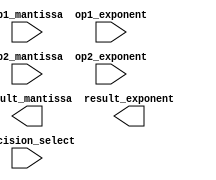
module mixed_precision_unit (
    input wire [7:0] op1_mantissa,
    input wire [3:0] op1_exponent,
    input wire [7:0] op2_mantissa,
    input wire [3:0] op2_exponent,
    input wire [1:0] precision_select,
    output wire [7:0] result_mantissa,
    output wire [3:0] result_exponent
);

// Arithmetic blocks for addition, subtraction, multiplication, and division operations

// Registers to store input operands and result of operation
reg [7:0] op1_mantissa_reg;
reg [3:0] op1_exponent_reg;
reg [7:0] op2_mantissa_reg;
reg [3:0] op2_exponent_reg;
reg [7:0] result_mantissa_reg;
reg [3:0] result_exponent_reg;

// Control logic to select precision format
always @ (precision_select)
begin
    case (precision_select)
        2'b00: // Single precision
        begin
            // Implement logic for single precision
        end
        2'b01: // Double precision
        begin
            // Implement logic for double precision
        end
        2'b10: // Quad precision
        begin
            // Implement logic for quad precision
        end
    endcase
end

// Error detection and handling mechanisms

endmodule